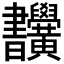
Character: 𣍜